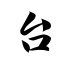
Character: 台